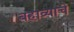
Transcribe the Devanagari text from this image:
बहाव्याचे